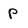
Character: p